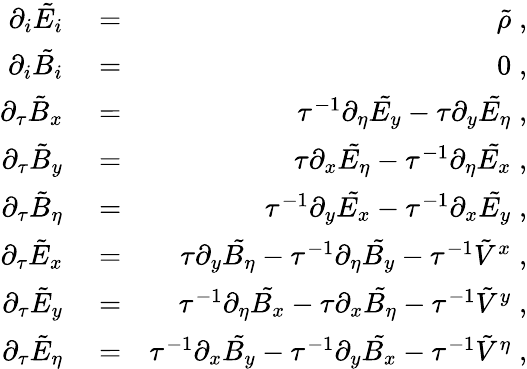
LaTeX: \begin{array}{rlr}{\partial_{i}\tilde{E_{i}}}&{{}=}&{\tilde{\rho}\; ,}\\ {{}\partial_{i}\tilde{B_{i}}}&{{}=}&{0\; ,}\\ {{}\partial_{\tau}\tilde{B}_{x}}&{{}=}&{\tau^{-1}\partial_{\eta}\tilde{E_{y}}-\tau\partial_{y}\tilde{E_{\eta}}\; ,}\\ {{}\partial_{\tau}\tilde{B}_{y}}&{{}=}&{\tau\partial_{x}\tilde{E_{\eta}}-\tau^{-1}\partial_{\eta}\tilde{E_{x}}\; ,}\\ {{}\partial_{\tau}\tilde{B}_{\eta}}&{{}=}&{\tau^{-1}\partial_{y}\tilde{E_{x}}-\tau^{-1}\partial_{x}\tilde{E_{y}}\; ,}\\ {{}\partial_{\tau}\tilde{E}_{x}}&{{}=}&{\tau\partial_{y}\tilde{B_{\eta}}-\tau^{-1}\partial_{\eta}\tilde{B_{y}}-\tau^{-1}\tilde{V}^{x}\; ,}\\ {{}\partial_{\tau}\tilde{E}_{y}}&{{}=}&{\tau^{-1}\partial_{\eta}\tilde{B_{x}}-\tau\partial_{x}\tilde{B_{\eta}}-\tau^{-1}\tilde{V}^{y}\; ,}\\ {{}\partial_{\tau}\tilde{E}_{\eta}}&{{}=}&{\tau^{-1}\partial_{x}\tilde{B_{y}}-\tau^{-1}\partial_{y}\tilde{B_{x}}-\tau^{-1}\tilde{V}^{\eta}\; ,}\end{array}